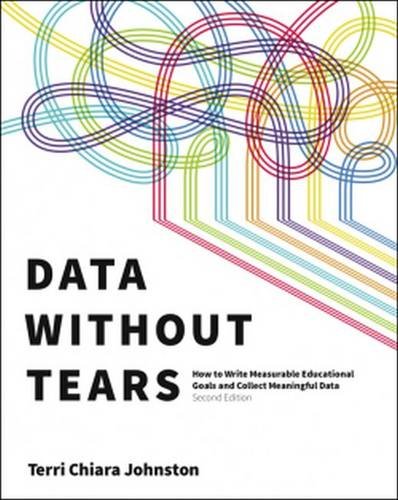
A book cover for Data Without Tears: How to Write Measurable Educational Goals and Collect Meaningful Data, Second Edition; Terri Chiara Johnston; Politics & Social Sciences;